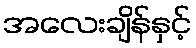
အလေးချိန်နှင့်